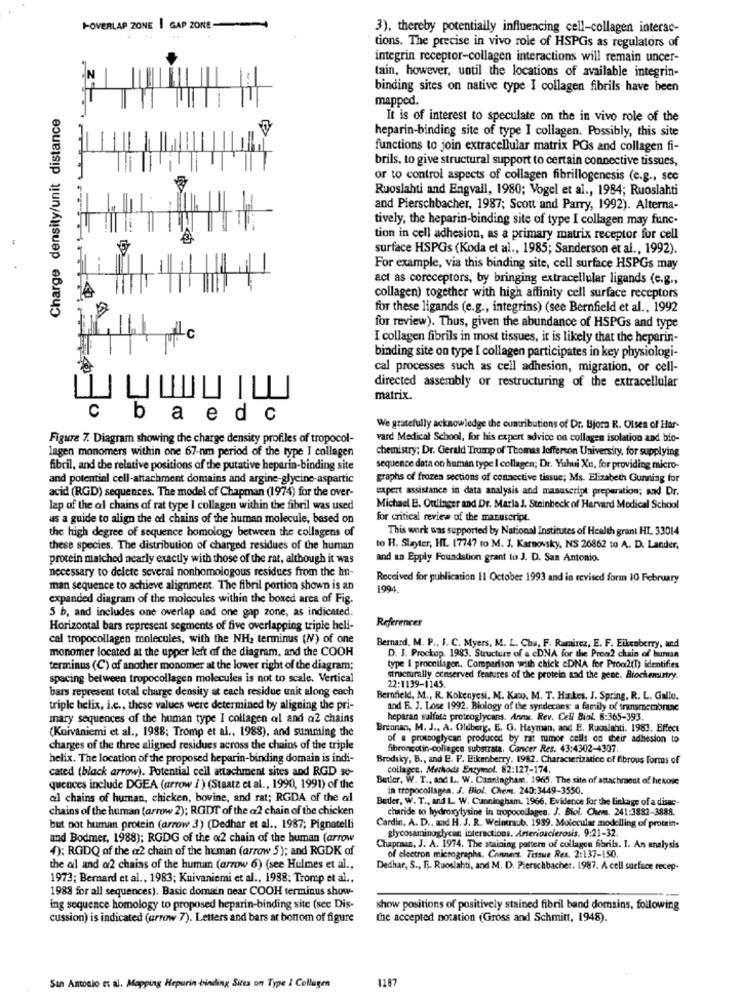
+-OVERLAP ZONE | GAP ZONE
3), thereby potentially influencing cell-collagen interac-
tions. The precise in vivo role of HSPGs as regulators of
integrin receptor-collagen interactions will remain uncer-
tain, however, until the locations of available integrin-
binding sites on native type I collagen fibrils have been
mapped.
Charge density/unit distance
It is of interest to speculate on the in vivo role of the
heparin-binding site of type I collagen. Possibly, this site
functions to join extracellular matrix PGs and collagen fi-
brils, to give structural support to certain connective tissues,
or to control aspects of collagen fibrillogenesis (e.g ., sce
Ruoslahti and Engvall, 1980; Vogel et al ., 1984; Ruoslahti
-
and Pierschbacher, 1987; Scott and Parry, 1992). Alterna-
tively, the heparin-binding site of type I collagen may func-
tion in cell adhesion, as a primary matrix receptor for cell
surface HSPGs (Koda et al ., 1985; Sanderson et al ., 1992).
For example, via this binding site, cell surface HSPGs may
act as coreceptors, by bringing extracellular ligands (c.g .,
collagen) together with high affinity cell surface receptors
for these ligands (e.g ., integrins) (see Bernfield et al ., 1992
for review). Thus, given the abundance of HSPGs and type
LC
I collagen fibrils in most tissues, it is likely that the heparin-
binding site on type I collagen participates in key physiologi-
cal processes such as cell adhesion, migration, or cell-
directed assembly or restructuring of the extracellular
matrix.
c bae dc
We gratefully acknowledge the contributions of Dr. Bjora R. Olsen of Har-
Figure 7. Diagram showing the charge density profiles of tropocol-
vard Medical School, for his expert advice on collagen isolation and bio-
lagen monomers within one 67-nm period of the type I collagen
chemistry; Dr. Gerald Trump of Thomas Jefferson University, for supplying
fibril, and the relative positions of the putative heparin-binding site
sequence data on human type I collagen; Dr. Yuhui Xu, for providing micro-
and potential cell-attachment domains and argine-glycine-aspartic
graphs of frozen sections of connective tissue; Ms. Elizabeth Gunning for
expert assistance in data analysis and manuscript preparation; and Dr.
acid (RGD) sequences. The model of Chapman (1974) for the over-
lap of the al chains of rat type I collagen within the fibril was used
Michael E. Oulinger and Dr. Maria J. Steinbeck of Harvard Medical School
as a guide to align the ol chains of the human molecule, based on
for critical review of the manuscript.
the high degree of sequence homology between the collagens of
This work was supported by National Institutes of Health grant HL. 33014
these species. The distribution of charged residues of the human
to H. Slayter, HT. 17747 to M. J. Karnovsky, NS 26862 to A. D. Lander,
protein matched nearly exactly with those of the rat, although it was
and an Epply Foundation grant to J. D. San Antonio.
necessary to delete several nonhomologous residues from the hn-
Received for publication II October 1993 and in revised form 10 February
man sequence to achieve alignment. The fibril portion shown is an
1994
expanded diagram of the molecules within the boxed area of Fig.
5 b, and includes one overlap and one gap zone, as indicated.
References
Horizontal bars represent segments of five overlapping triple heli-
cal tropocollagen molecules, with the NH2 terminus (W) of one
monomer located at the upper left of the diagram, and the COOH
Bernard, M. P ., J. C. Myers, M. L. Cha, F. Ramirez, E. F. Eikenberry, and
D. J. Prockop. 1983. Structure of a cDNA for the Prea2 chain of bunun
terminus (C) of another monomer at the lower right of the diagram;
type I proccilagon, Comparison with chick eDNA for Proc2ft) identifies
spacing between tropocollagen molecules is not to scale, Vertical
structurally ccaserved features of the protein sad the gene. Biochemistry.
bars represent total charge density at each residue unit along each
22:1139-1145.
Bernfield, M ., R. Kokenyesi, M. Kato, M. T. Hinkes, J. Spring, R. L. Gallo.
triple helix, i.c ., these values were determined by aligning the pri-
and F. J. Lose 1992. Biology of the syrdecans a family of transmembrane
mary sequences of the human type I collagen al and a2 chains
heparan sulfate proteoglycans. Annx. Rev. Cell Biol. 8:365-393.
(Kuivaniemi et al ., 1988; Tromp et al ., 1988), and summing the
Breanas, M. J ., A. Oldberg, E. G. Hayman, and E. Ruoslahti. 1983. Effect
of a procoglycan produced by rat tumor cells on their adhesion to
charges of the three aligned residues across the chains of the triple
fibroncotin-collagen substrata, Cancer Res. 43:4302-4307.
helix. The location of the proposed heparin-binding domain is indi-
Brodsky, B ., and E. F. Eikenberry. 1982. Characterizatice of fibrous forms of
cated (black arrow). Potential cell attachment sites and RGD so-
collages, Merhoda Enzymol. 82:127-174.
Butler, W. T ., and L. W. Canningham. 1965. The site of attachment of hexose
quences include DGEA (arrow i ) (Staatz et al ., 1990, 1991) of the
in tropocollagea. J. Biol. Chem. 240:3449-3550.
al chains of human, chicken, bovine, and rat; RGDA of the al
Butler, W. T ., and L. W. Cunningham. 1966. Evidence for the linkage of a disas-
chains of the human (arrow 2); RGDT of the @2 chain of the chicken
charide to hydroxylysine in tropocollagen. J. Blol. Chem. 241:3882-3888.
but not human protein (arrow 3) (Dedhar et al ., 1987; Pignatelli
Cardin, A. D ., and H. J. R. Weintraub. 1989. Molecular modelling of protein-
and Bodmer, 1988); RGDG of the a2 chain of the human (arrow
glycosaminoglycan interactions. Arteriosclerosis. 9:21-32.
4): RGDQ of the a2 chain of the human (arrow 5); and RGDK of
Chapraan, J. A. 1974. The staining pattern of collagen fibrils. I. An analysis
of electron micrographs. Connect. Tissue Res. 2:137-150
the al and a2 chains of the human (arrow 6) (see Hulmes et al .,
Dedhar, S ., E. Ruoslahti, and M. D. Pierschbacher. 1987. A cell surface recep-
1973; Bernard et al ., 1983; Kuivaniemi et al ., 1988; Tromp et al ..
1988 for all sequences). Basic domain near COOH terminus show-
ing sequence homology to proposed heparin-binding site (see Dis-
show positions of positively stained fibril band domains, following
cussion) is indicated (arrow 7). Letters and bars at bottom of figure
the accepted notation (Gross and Schmitt, 1948).
1187
San Antonio et al. Mapping Hepurin -binding Sites on Type i Collagen